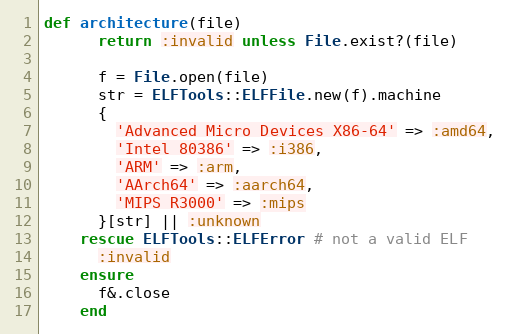
Language: Ruby
def architecture(file)
      return :invalid unless File.exist?(file)

      f = File.open(file)
      str = ELFTools::ELFFile.new(f).machine
      {
        'Advanced Micro Devices X86-64' => :amd64,
        'Intel 80386' => :i386,
        'ARM' => :arm,
        'AArch64' => :aarch64,
        'MIPS R3000' => :mips
      }[str] || :unknown
    rescue ELFTools::ELFError # not a valid ELF
      :invalid
    ensure
      f&.close
    end